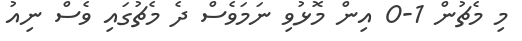
މި މެޗުން 1-0 އިން މޮޅުވި ނަމަވެސް ދެ މެޗުގައި ވެސް ނިއު